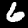
Label: 6